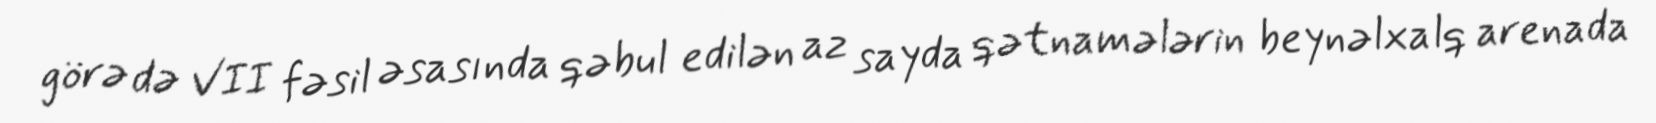
görə də VII fəsil əsasında qəbul edilən az sayda qətnamələrin beynəlxalq arenada